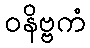
ဝနိဗ္ဗကံ